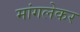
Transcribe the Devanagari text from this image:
मांगलेकर